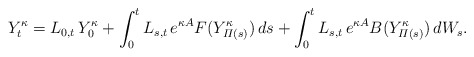
\begin{align*} Y^\kappa_t = L_{ 0, t } \, Y^\kappa_0 + \int_0^t L_{s,t} \, e^{ \kappa A } F( Y^\kappa_{ \varPi(s) } ) \, ds + \int_0^t L_{s,t} \, e^{ \kappa A } B( Y^\kappa_{ \varPi(s) } ) \, dW_s .\end{align*}